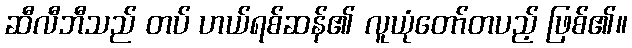
ဆီလီဘီသည် တပ် ဟယ်ရစ်ဆန်၏ လူယုံတော်တပည့် ဖြစ်၏။